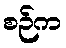
စဉ်က